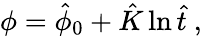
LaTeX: \phi=\hat{\phi}_{0}+\hat{K}\ln\hat{t}\ ,